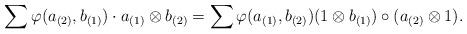
LaTeX: \begin{align*}\sum\varphi(a_{(2)},b_{(1)})\cdot a_{(1)}\otimes b_{(2)}=\sum\varphi(a_{(1)},b_{(2)})(1\otimes b_{(1)})\circ (a_{(2)}\otimes1).\end{align*}